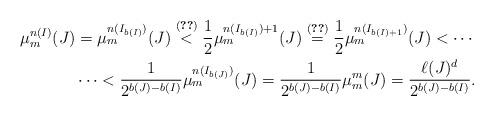
LaTeX: \begin{align*}\mu_{m}^{n(I)}(J)& =\mu_{m}^{n(I_{b(I)})}(J)\stackrel{\eqref{e:frost-case-1}}{<}\frac{1}{2} \mu_{m}^{n(I_{b(I)})+1}(J) \stackrel{\eqref{e:frost-case-2}}{=}\frac{1}{2} \mu_{m}^{n(I_{b(I)+1})}(J)<\cdots \\ & \cdots < \frac{1}{2^{b(J)-b(I)}}\mu_{m}^{n(I_{b(J)})}(J)=\frac{1}{2^{b(J)-b(I)}}\mu_{m}^{m}(J)=\frac{\ell(J)^{d}}{2^{b(J)-b(I)}}.\end{align*}